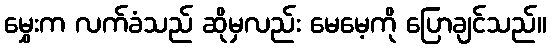
မွှေးက လက်ခံသည် ဆိုမှလည်း မေမေ့ကို ပြောချင်သည်။